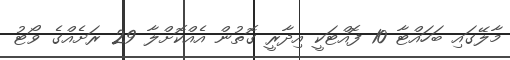
މާލޭގައި ބަހައްޓާ 10 ފޮއްޓަކީ އިދާރީ ގޮތުން އެއްކޮށްލާ 29 ރަށެއްގެ ވޯޓު